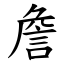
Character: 詹